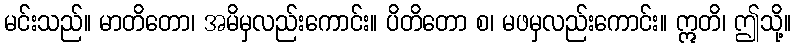
မင်းသည်။ မာတိတော၊ အမိမှလည်းကောင်း။ ပိတိတော စ၊ မဖမှလည်းကောင်း။ ဣတိ၊ ဤသို့။